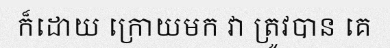
ក៏ដោយ ក្រោយមក វា ត្រូវបាន គេ